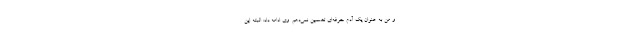
و من به عنوان یک آدم حرفه‌ای تضمین نمی‌دهم. وی ادامه داد: البته این